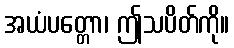
အယံပတ္တော၊ ဤသပိတ်ကို။